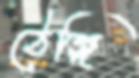
ঠেঙ্গি